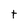
Character: t